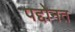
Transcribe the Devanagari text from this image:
पद्दोनत